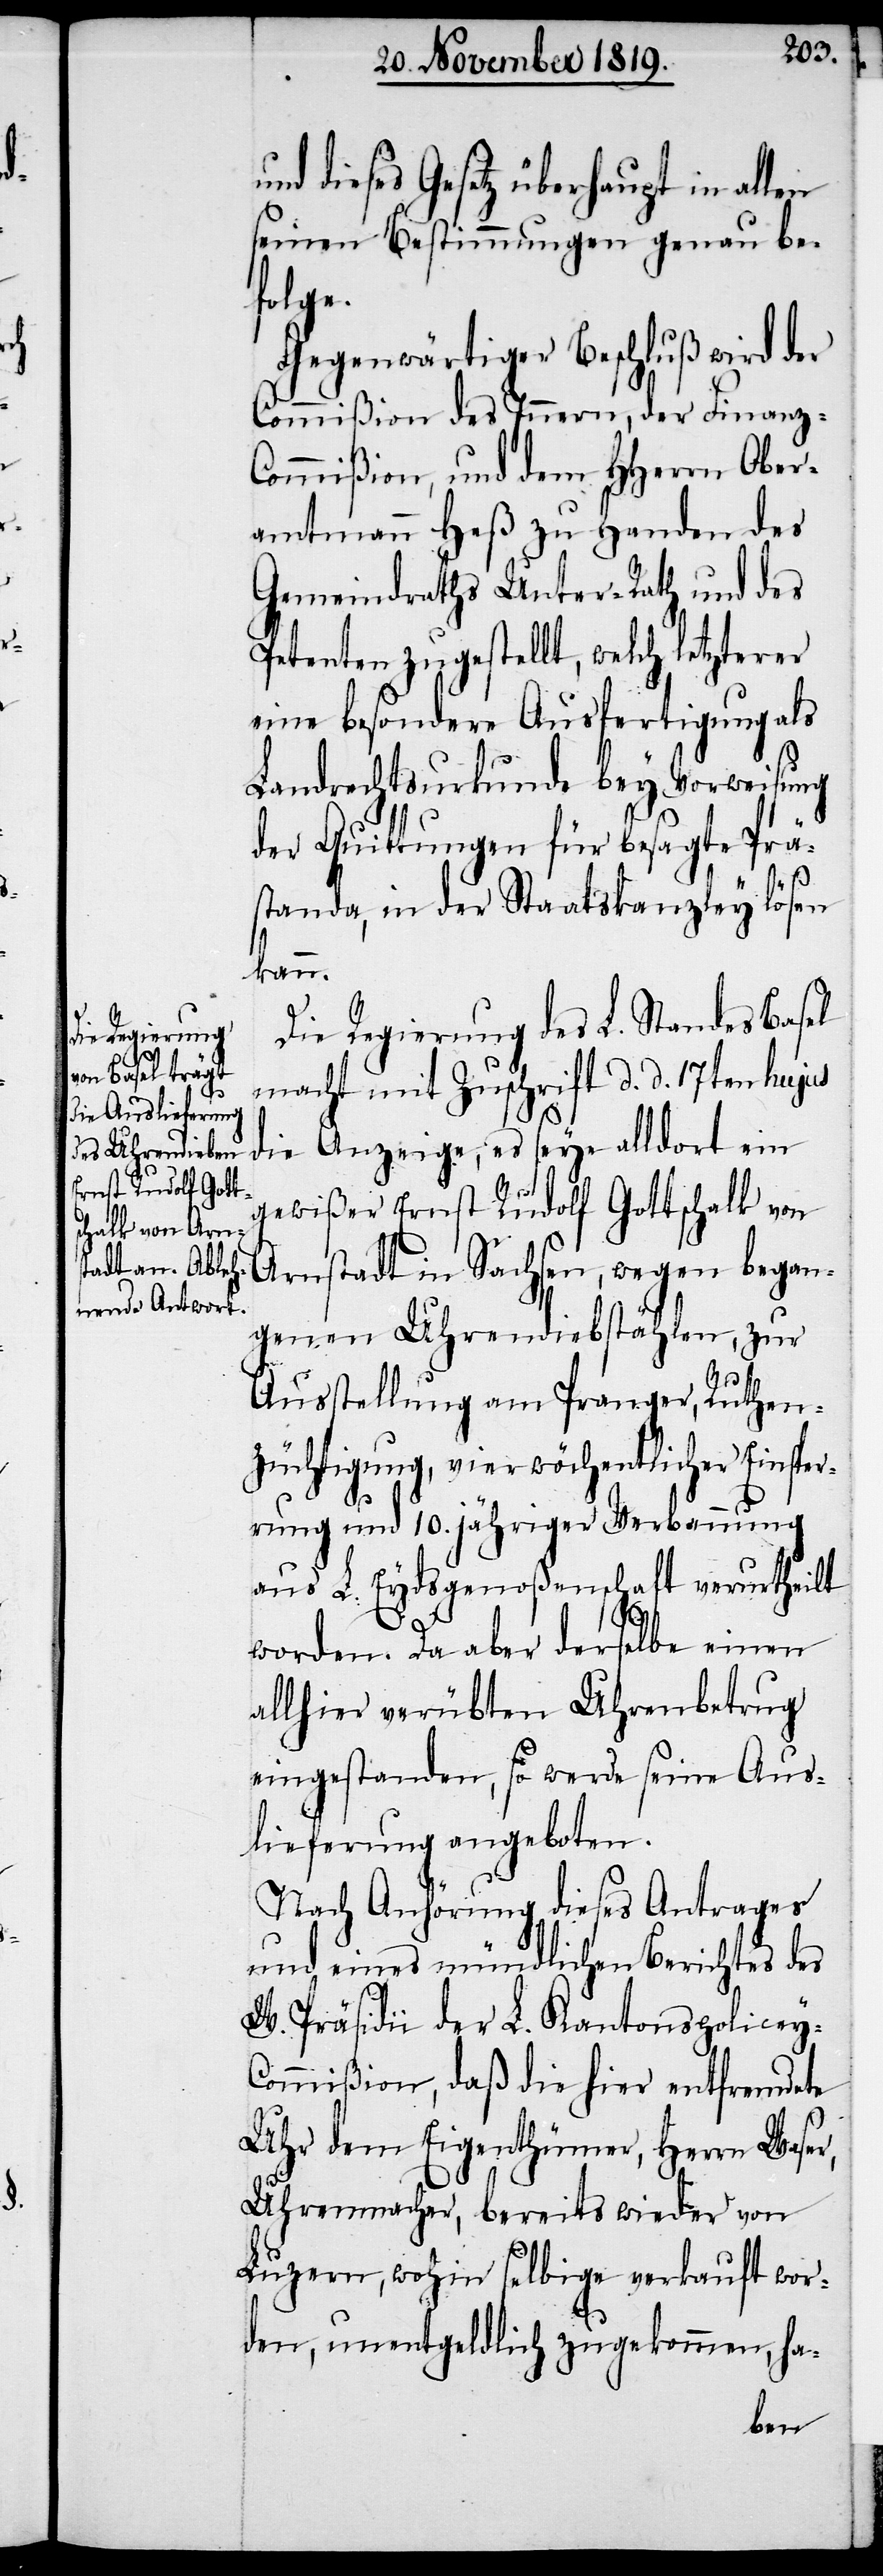
und dieses Gesetz überhaupt in allen
seinen Bestimmungen genau be¬
folge.
Gegenwärtiger Beschluß wird der
Commißion des Innern, der Finanz-C¬
ommißion, und dem HHerrn Ober¬
amtmann Heß zu Handen des
Gemeindraths Unter-Rath und des
Petenten zugestellt, welch letzterer
eine besondere Ausfertigung als
Landrechtsurkunde bey Vorweisung
der Quittungen für besagte Prä¬
standa, in der Staatskanzley lösen
kann.
Die Regierung des L. Standes Basel
macht mit Zuschrift d. d. 17ten hujus
die Anzeige, es seye alldort ein
gewißer Ernst Rudolf Gottschalk von
Arnstadt in Sachsen, wegen began¬
genen Uhrendiebstählen, zur
Ausstellung am Pranger, Ruthen¬
züchtigung, vierwöchentlicher Einspe¬
rrung und 10. jähriger Verbannung
aus L. Eydsgenoßenschaft verurtheilt
worden. Da aber derselbe einen
allhier verübten Uhrenbetrug
eingestanden, so werde seine Aus¬
lieferung angeboten.
Nach Anhörung dieses Antrages
und eines mündlichen Berichtes des
W. Präsidii der L. Kantonspolicey-C¬
ommißion, da die hier entfremdete
Uhr dem Eigenthümer, Herrn Waser,
Uhrenmacher, bereits wieder von
Luzern, wohin selbige verkauft wor¬
den, unentgeldlich zugekommen, ha-